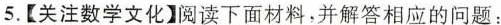
5.【关注数学文化】阅读下面材料，并解答相应的问题：